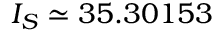
I _ { S } \simeq 3 5 . 3 0 1 5 3